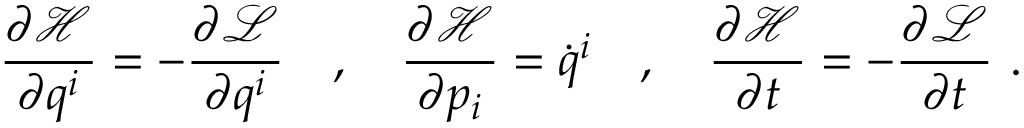
{ \frac { \partial { \mathcal { H } } } { \partial q ^ { i } } } = - { \frac { \partial { \mathcal { L } } } { \partial q ^ { i } } } \quad , \quad { \frac { \partial { \mathcal { H } } } { \partial p _ { i } } } = { \dot { q } } ^ { i } \quad , \quad { \frac { \partial { \mathcal { H } } } { \partial t } } = - { \frac { \partial { \mathcal { L } } } { \partial t } } \ .